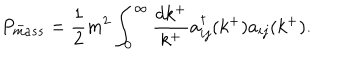
LaTeX: P _ { m a s s } ^ { - } = \frac { 1 } { 2 } m ^ { 2 } \int _ { 0 } ^ { \infty } \frac { d k ^ { + } } { k ^ { + } } a _ { i j } ^ { \dagger } ( k ^ { + } ) a _ { i j } ( k ^ { + } ) .